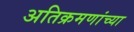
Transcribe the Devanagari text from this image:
अतिक्रमणांच्या